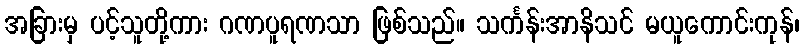
အခြားမှ ပင့်သူတို့ကား ဂဏပူရဏသာ ဖြစ်သည်။ သင်္ကန်းအာနိသင် မယူကောင်းကုန်၊